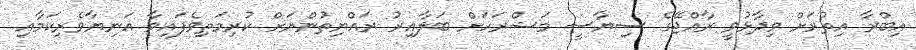
އިބްރާ އިތުރަށް ވިދާޅުވީ ރާއްޖޭގެ ސިޔާސީ މަޝްރަހަށް ބަލާއިރު ރައްޔިތުންނަށް ކުރިމަތިވެފައިވާ އަނިޔާވެރިކަމާއި